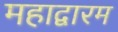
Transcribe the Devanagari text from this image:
महाद्वारम